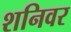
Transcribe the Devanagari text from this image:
शनिवर